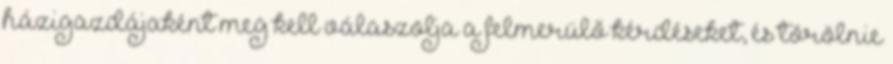
házigazdájaként meg kell válaszolja a felmerülő kérdéseket, és törölnie